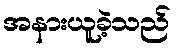
အနားယူခဲ့သည်